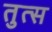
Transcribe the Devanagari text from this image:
तुत्स